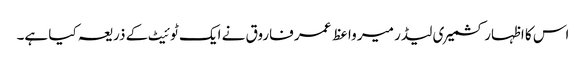
اس کا اظہار کشمیر ی لیڈر میر واعظ عمر فاروق نے ایک ٹوئیٹ کے ذریعہ کیا ہے۔